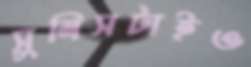
সুলিসটাইও